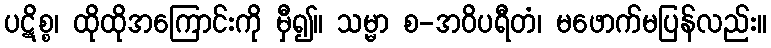
ပဋိစ္စ၊ ထိုထိုအကြောင်းကို မှီ၍။ သမ္မာ စ-အဝိပရီတံ၊ မဖောက်မပြန်လည်း။